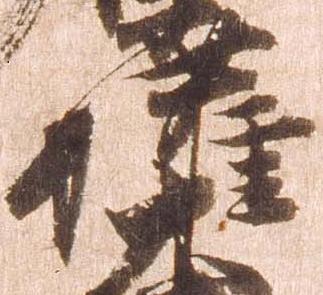
権